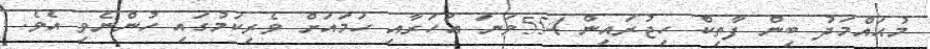
މުޙައްމަދު ބިން ފާތިކް ހިޖުރައިން 554ވަނަ އަހަރާއި ހަމައަށް ވެރިކަމުގައި ހުންނެވި އެވެ.